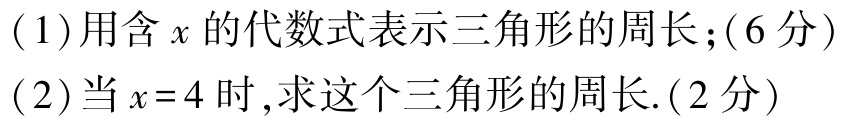
(1)用含\(x\)的代数式表示三角形的周长；(6分)
(2)当\(x = 4\)时，求这个三角形的周长.(2分)